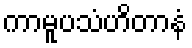
ကာမူပသံဟိတာနံ